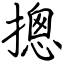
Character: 摠